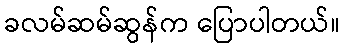
ခလမ်ဆမ်ဆွန်က ပြောပါတယ်။